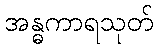
အန္ဓကာရသုတ်